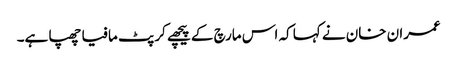
عمران خان نے کہا کہ اس مارچ کے پیچھے کرپٹ مافیا چھپا ہے۔